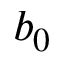
b _ { 0 }